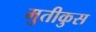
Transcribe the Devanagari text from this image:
मुतीकुस